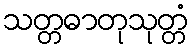
သတ္တဓာတုသုတ္တံ